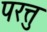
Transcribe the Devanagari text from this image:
परत्तु